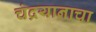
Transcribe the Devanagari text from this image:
चंद्रयानाचा